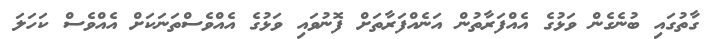
ގާތުގައި ބުނެގެން ވަޅުގެ އެއްފަރާތުން އަނެއްފަރާތަށް ފޮނުވައި ވަޅުގެ އެއްވެސްތަނަކަށް އެއްވެސް ކަހަލަ